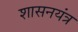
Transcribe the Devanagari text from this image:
शासनयंत्र